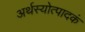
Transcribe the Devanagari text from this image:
अर्थस्योत्पादकं